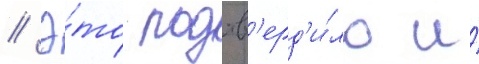
// Э́то подтв'ерд'и́ло и́